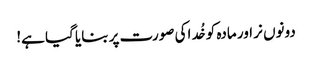
دونوں نر اور مادہ کو خُد اکی صورت پر بنایا گیا ہے!